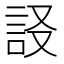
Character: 𧦀